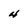
Character: 4